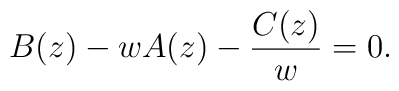
B(z)-wA(z)-\frac{C(z)}{w}=0.